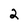
Character: 2